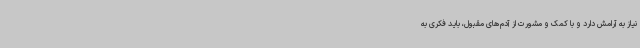
نیاز به آرامش دارد و با کمک و مشورت از آدم‌های مقبول، باید فکری به